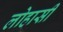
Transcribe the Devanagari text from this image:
लोहासी